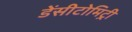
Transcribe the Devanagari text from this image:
डेंसीटोमिट्री